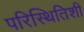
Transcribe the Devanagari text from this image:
परिस्थितिशी